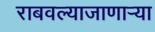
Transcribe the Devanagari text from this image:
राबवल्याजाणार्‍या